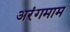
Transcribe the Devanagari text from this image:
अरंगमाम